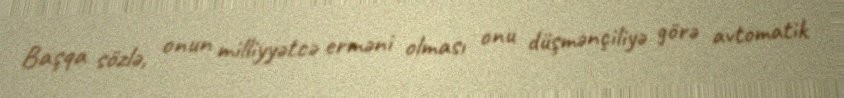
Başqa sözlə, onun milliyyətcə erməni olması onu düşmənçiliyə görə avtomatik